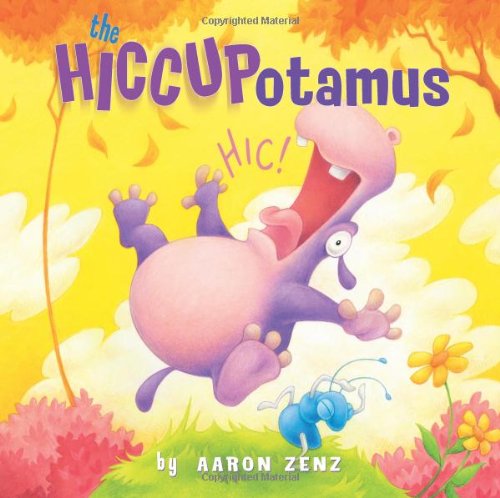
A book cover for The Hiccupotamus; Aaron Zenz; Children's Books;